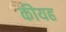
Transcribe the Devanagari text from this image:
कीयह